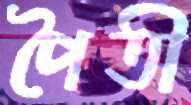
পৈতী